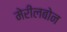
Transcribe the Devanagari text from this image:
मेरीलबोन